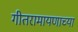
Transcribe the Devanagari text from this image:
गीतरामायणाच्या